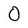
Character: O